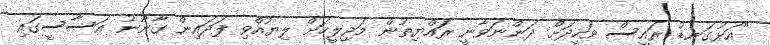
"އަޅުގަނޑު ރައީސް ވަހީދަށް ދަންނަވާނީ ރައްޔިތުން މަޖިލީހަށް ލިޔުއްވި ފަދައިން ގާނޫނު އަސާސީގައި